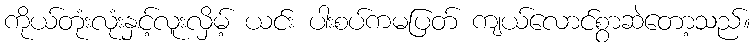
ကိုယ်တုံးလုံးနှင့်လူးလှိမ့် ယင်း ပါးစပ်ကမပြတ် ကျယ်လောင်စွာဆဲတော့သည်။